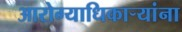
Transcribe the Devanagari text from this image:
आरोग्याधिकाऱ्यांना